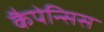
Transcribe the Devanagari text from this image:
कैपेन्सिस